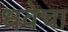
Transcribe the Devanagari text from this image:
धवेचा